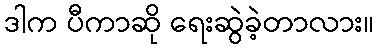
ဒါက ပီကာဆို ရေးဆွဲခဲ့တာလား။